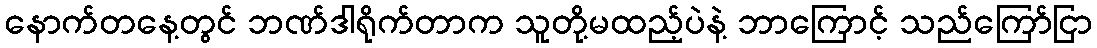
နောက်တနေ့တွင် ဘဏ်ဒါရိုက်တာက သူတို့မထည့်ပဲနဲ့ ဘာကြောင့် သည်ကြော်ငြာ